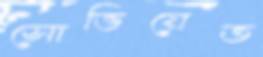
সোভিয়েত